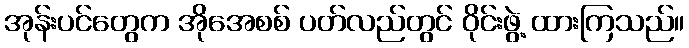
အုန်းပင်တွေက အိုအေစစ် ပတ်လည်တွင် ဝိုင်းဖွဲ့ ထားကြသည်။